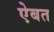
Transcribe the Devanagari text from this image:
ऐबत